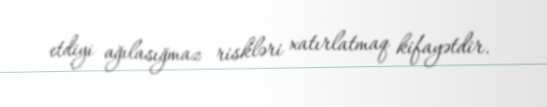
etdiyi ağılasığmaz riskləri xatırlatmaq kifayətdir.